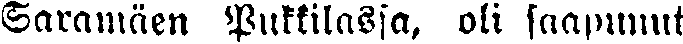
Saramäen Pukkilassa, oli saapunut